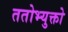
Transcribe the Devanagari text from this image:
ततोभ्युक्तो